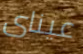
عيناى